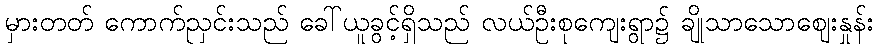
မှားတတ် ကောက်ညှင်းသည် ခေါ်ယူခွင့်ရှိသည် လယ်ဦးစုကျေးရွာ၌ ချိုသာသောဈေးနှုန်း